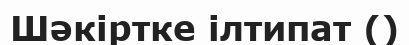
Шәкіртке ілтипат ()